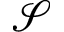
\mathcal { S }